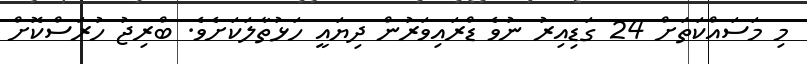
މި މަސައްކަތަށް 24 ގަޑިއިރު ނުވެ ޑްރައިވަރުން ދިޔައީ ހަޅުތާލަކަށެވެ. ބްރިޖު ހުރަސްކޮށް